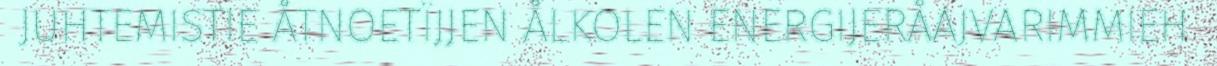
JUHTEMISTIE ÅTNOETÏJJEN ÅLKOLEN ENERGIJERÅAJVARIMMIEH